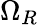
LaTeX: \Omega_{R}